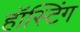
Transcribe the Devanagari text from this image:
हॉस्टिंग